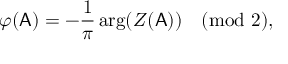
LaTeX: \varphi ( \mathsf { A } ) = - \frac 1 \pi \arg ( Z ( \mathsf { A } ) ) \pmod 2 ,